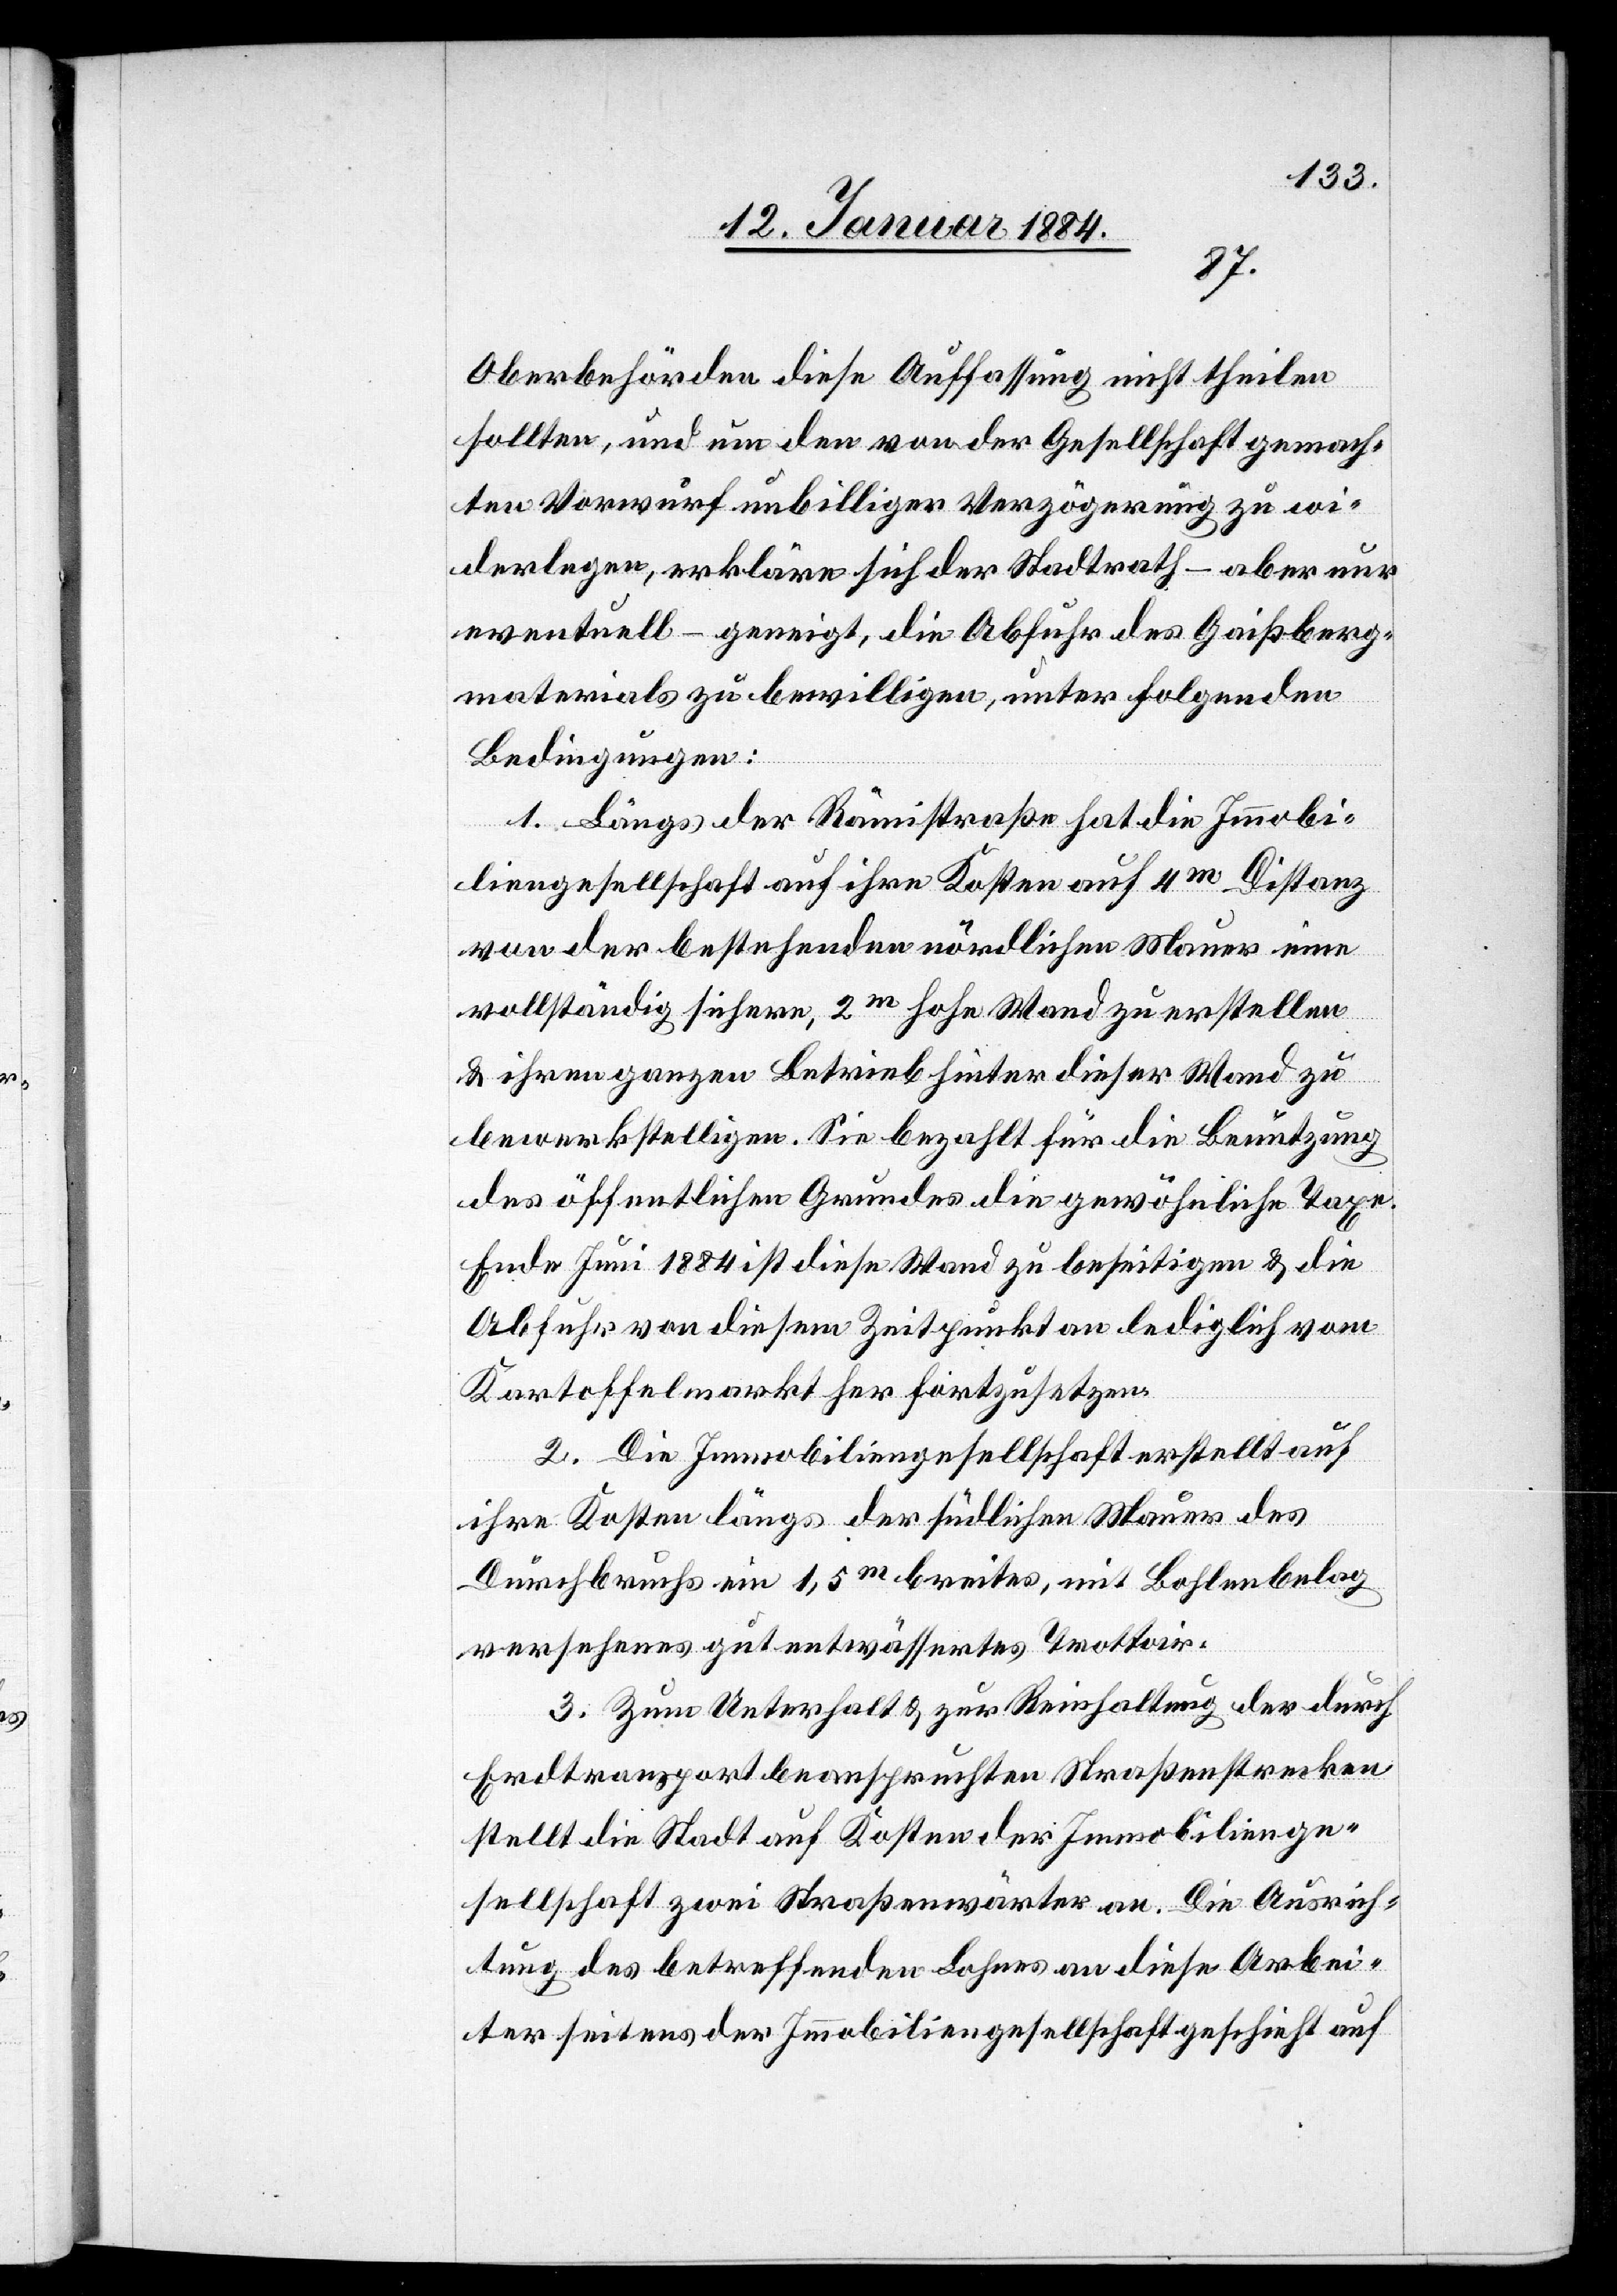
Oberbehörden diese Auffassung nicht theilen
sollten, und um den von der Gesellschaft gemach¬
ten Vorwurf unbilliger Verzögerung zu wi¬
derlegen, erkläre sich der Stadtrath – aber nur
eventuell – geneigt, die Abfuhr des Gaißberg¬
materials zu bewilligen, unter folgenden
Bedingungen:
1. Längs der Rämistraße hat die Immobi¬
liengesellschaft auf ihre Kosten auf 4m Distanz
von der bestehenden nördlichen Mauer eine
vollständig sichere, 2m hohe Wand zu erstellen
& ihren ganzen Betrieb hinter dieser Wand zu
bewerkstelligen. Sie bezahlt für die Benutzung
des öffentlichen Grundes die gewöhnliche Taxe.
Ende Juni 1884 ist diese Wand zu beseitigen & die
Abfuhr von diesem Zeitpunkt an lediglich vom
Kartoffelmarkt her fortzusetzen.
2. Die Immobiliengesellschaft erstellt auf
ihre Kosten längs der südlichen Mauer des
Durchbruchs ein 1,5m breites, mit Bohlenbelag
versehenes gut entwässertes Trottoir.
3. Zum Unterhalt & zur Reinhaltung der durch
Erdtransport beanspruchten Straßenstrecken
stellt die Stadt auf Kosten der Immobilienge¬
sellschaft zwei Straßenwärter an. Die Ausrich¬
tung seitens der Immobiliengesellschaft geschieht auf